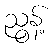
ညွန့်